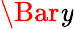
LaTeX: \Bar{\mathit{y}}